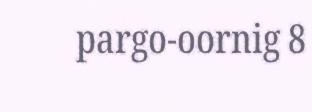
pargo-oornig 8